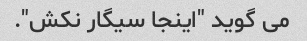
می گوید "اینجا سیگار نکش".